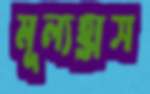
মূল্যহ্রাস